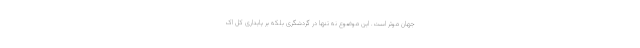
جهان موثر است. این موضوع نه تنها در گردشگری بلکه بر پایداری کل اک